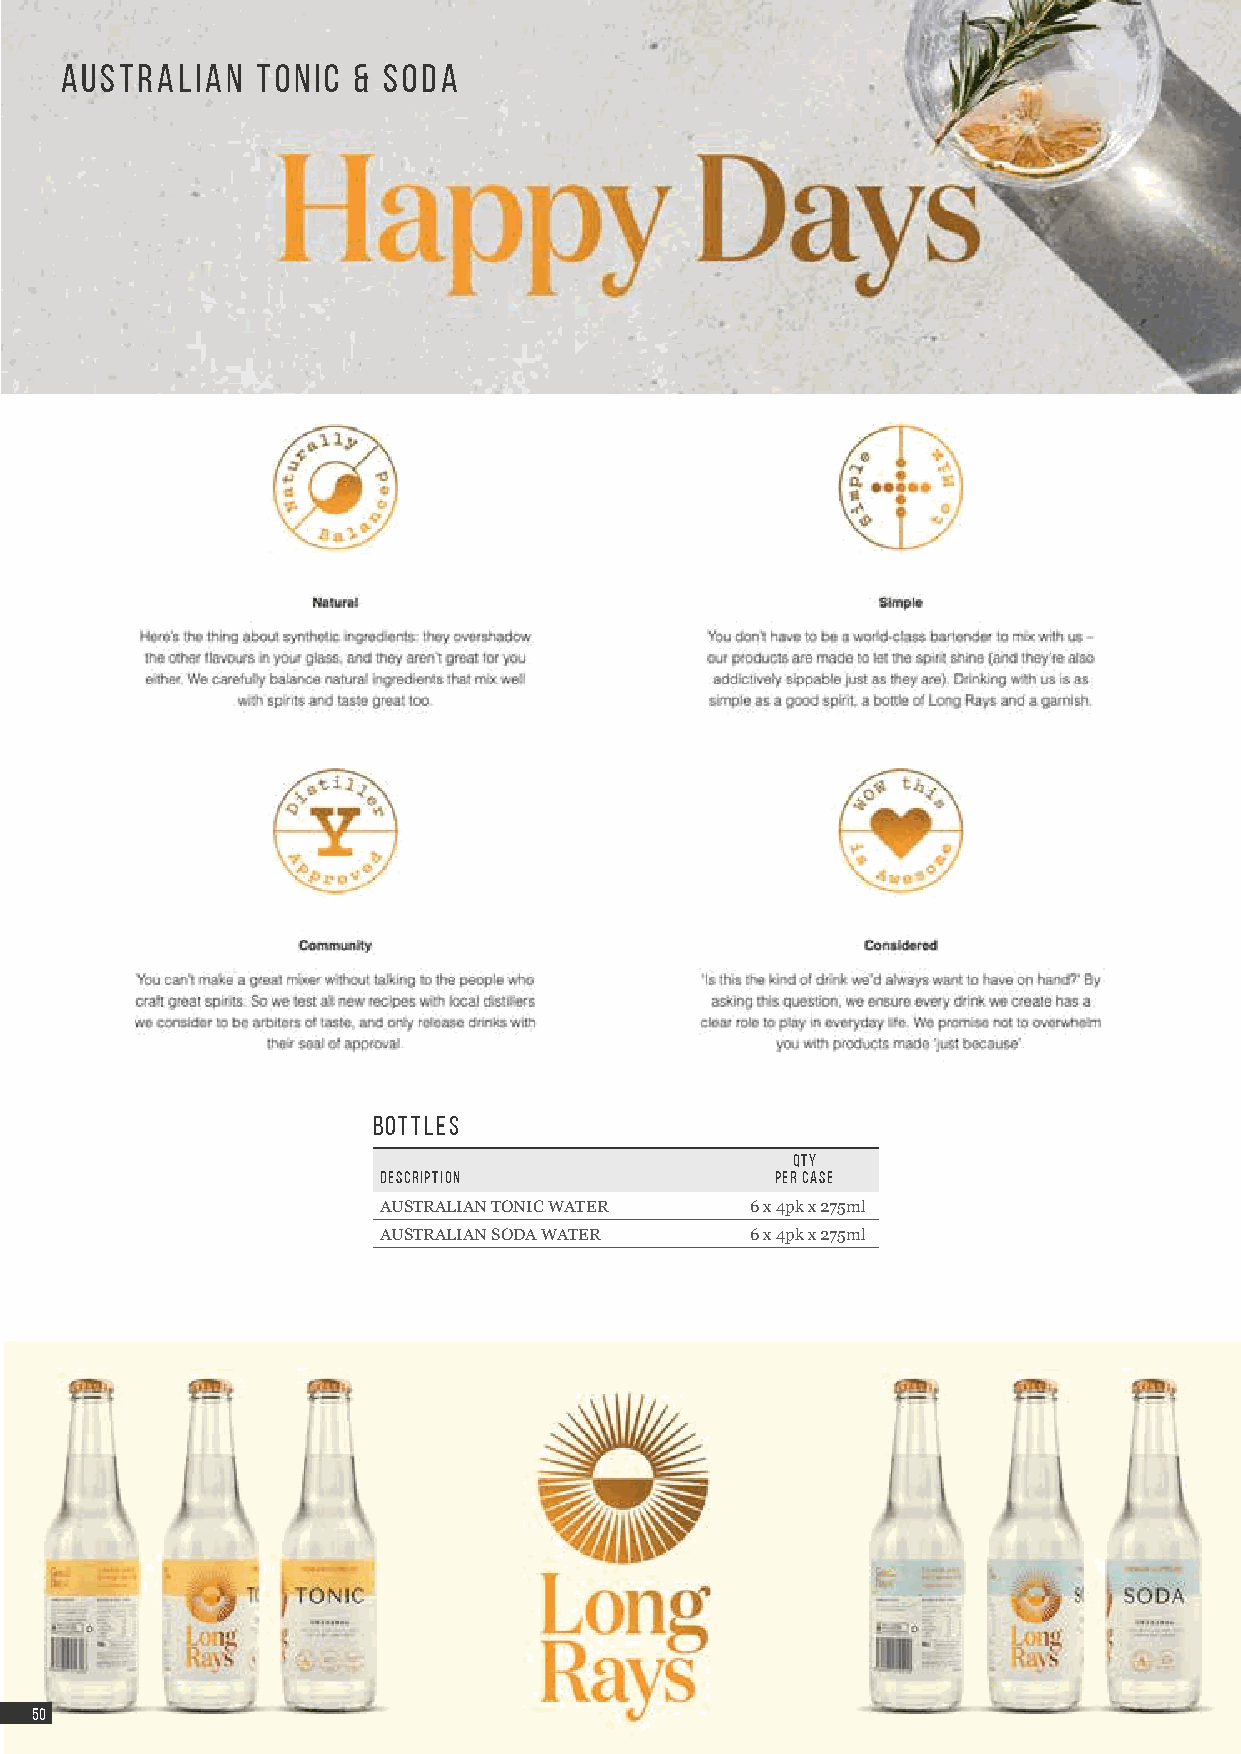
AUSTRALIAN   TONIC & SODA
 BOTTLES
 QTY
 DESCRIPTION               PER CASE
 AUSTRALIAN TONIC WATER   6 x 4pk x 275ml
 AUSTRALIAN SODA WATER    6 x 4pk x 275ml
 5500